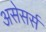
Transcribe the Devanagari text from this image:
असेसर्स